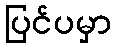
ပြင်ပမှာ